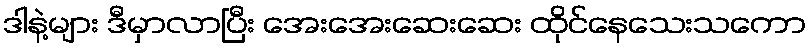
ဒါနဲ့များ ဒီမှာလာပြီး အေးအေးဆေးဆေး ထိုင်နေသေးသကော